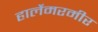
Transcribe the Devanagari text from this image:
हार्लेमरमीर